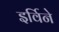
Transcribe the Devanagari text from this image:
इर्विने